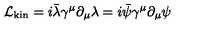
\mathcal { L } _ { \mathrm { k i n } } = i \bar { \lambda } \gamma ^ { \mu } \partial _ { \mu } \lambda = i \bar { \psi } \gamma ^ { \mu } \partial _ { \mu } \psi